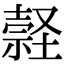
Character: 𡑚